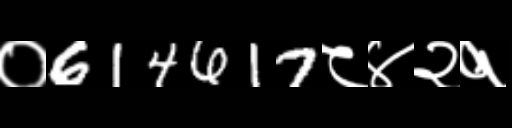
Text: ०614617८४२१